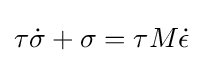
\tau {\dot {\sigma }}+\sigma =\tau M{\dot {\epsilon }}